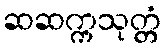
ဆဆက္ကသုတ္တံ